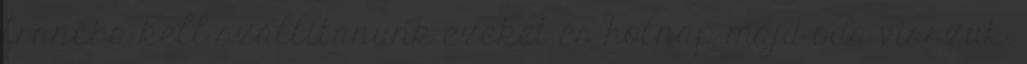
francba kell szállítanunk ezeket és holnap majd oda visszük.